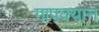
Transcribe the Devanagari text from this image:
गापक्यान